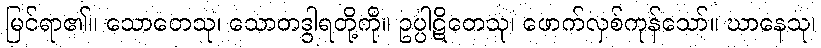
မြင်ရာ၏။ သောတေသု၊ သောတဒွါရတို့ကို။ ဥပ္ပါဋိတေသု၊ ဖောက်လှစ်ကုန်သော်။ ဃာနေသု၊